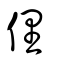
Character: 俚